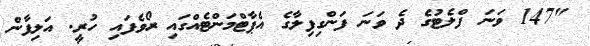
"147 ވަނަ ފްލެޓުގެ ދެ ވަނަ ފަންގިފިލާގެ އެޕާޓްމަންޓެއްގައި ރޯވެފައި ހުރީ. އަލިފާން